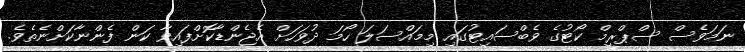
ނަމަވެސް ސްޕްރީމް ކޯޓުގެ ވެބްސައިޓުގައި މިމައްސަލަ ހޯމަ ދުވަހަށް އެޖެންޑާކޮށްފައިވާ ކަން ފެންނާކަށްނެތެވެ.